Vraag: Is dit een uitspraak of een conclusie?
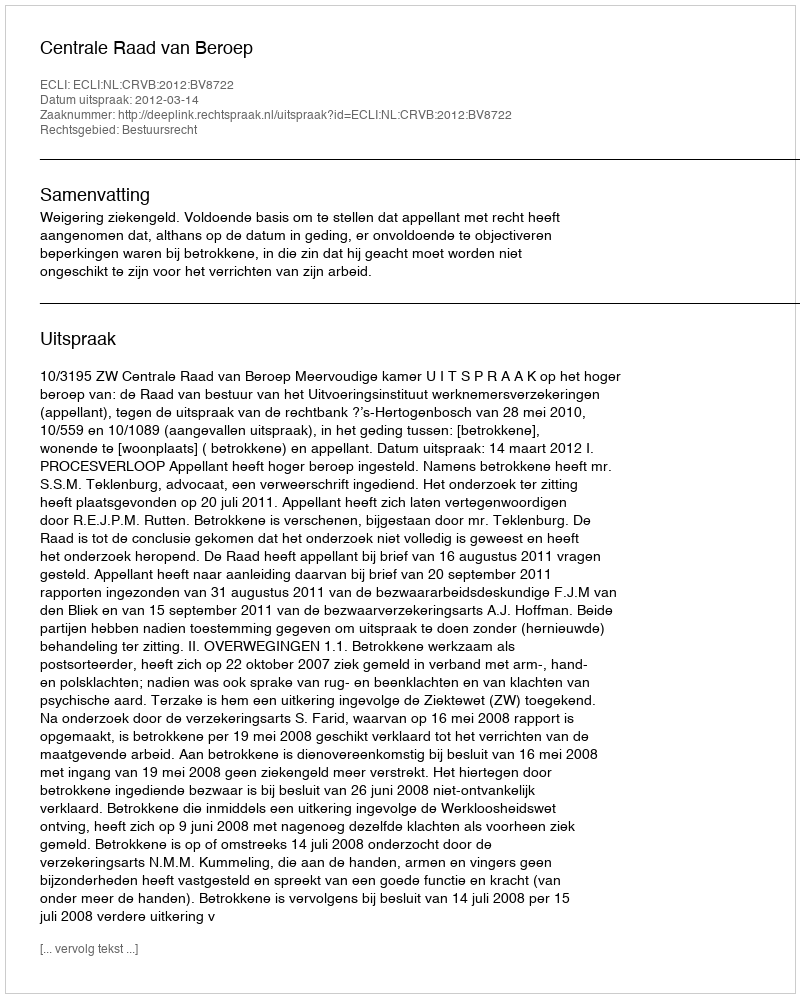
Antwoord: Uitspraak